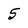
Character: 5